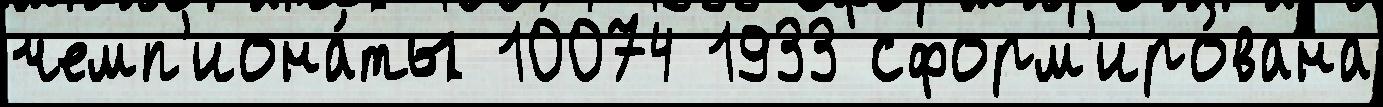
чемп'иона́ты 10074 1933 сформ'иро́вана